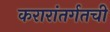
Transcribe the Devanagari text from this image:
करारांतर्गतची